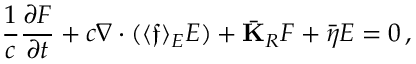
\frac { 1 } { c } \frac { \partial \boldsymbol { F } } { \partial t } + c \boldsymbol { \nabla } \cdot ( \langle \boldsymbol { \mathfrak { f } } \rangle _ { E } E ) + \bar { \mathbf { K } } _ { R } \boldsymbol { F } + \bar { \boldsymbol { \eta } } E = 0 \, ,